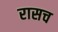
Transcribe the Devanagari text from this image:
रासच